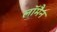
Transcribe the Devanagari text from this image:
लॉमैन